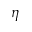
\boldsymbol \eta